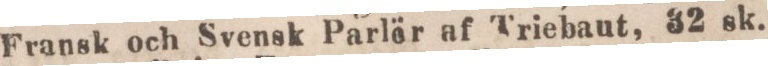
Fransk och Svensk Parlör af Triebaut, 32 sk.